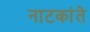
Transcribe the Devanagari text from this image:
नाटकांते